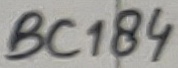
Text: BC184